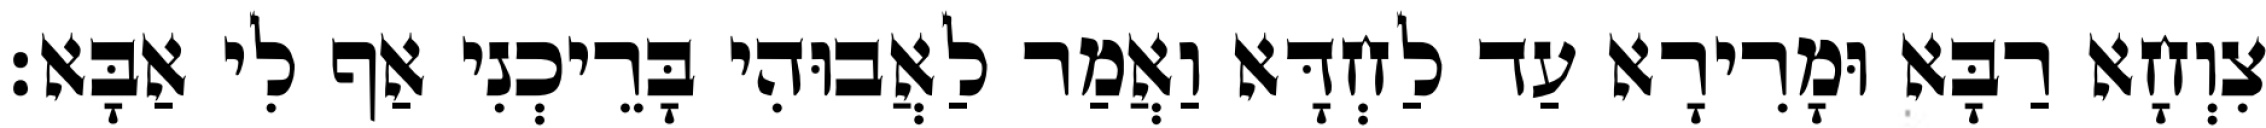
צִוְחָא רַבָּא וּמָרִירָא עַד לַחְדָּא וַאֲמַר לַאֲבוּהִי בָּרֵיכְנִי אַף לִי אַבָּא׃